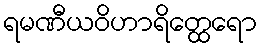
ရမဏီယဝိဟာရိတ္ထေရော